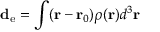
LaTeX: \mathbf { d } _ { \mathrm { { e } } } = \int ( { \mathbf { r } } - { \mathbf { r } } _ { 0 } ) \rho ( { \mathbf { r } } ) d ^ { 3 } { \mathbf { r } }